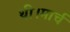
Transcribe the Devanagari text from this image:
थी।मार्च